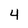
Character: 4